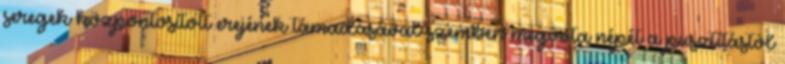
seregek központosított erejének támadásával szemben megóvta népét a pusztítástól